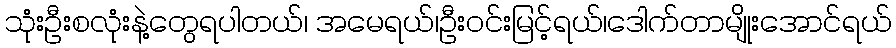
သုံးဦးစလုံးနဲ့တွေရပါတယ်၊ အမေရယ်၊ဦးဝင်းမြင့်ရယ်၊ဒေါက်တာမျိုးအောင်ရယ်